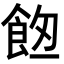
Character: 𩛀